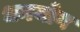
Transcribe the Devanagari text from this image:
धनयोग